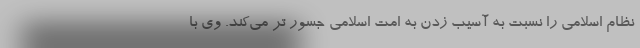
نظام اسلامی را نسبت به آسیب زدن به امت اسلامی جسور تر می‌کند. وی با